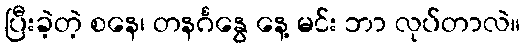
ပြီးခဲ့တဲ့ စနေ၊ တနင်္ဂနွေ နေ့ မင်း ဘာ လုပ်တာလဲ။